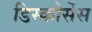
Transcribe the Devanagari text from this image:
डिस्कोर्सेस